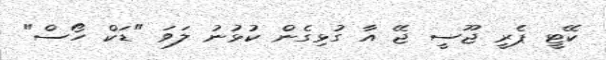
ކޭޓީ ޕެރީ ޖޫސީ ޖޭ އާ ގުޅިގެން ކުޅުނު ލަވަ "ޑަކް ހޯސް"